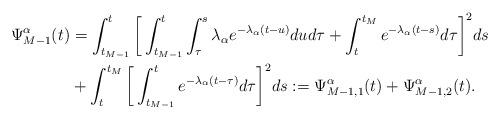
LaTeX: \begin{align*}\Psi_{M-1}^\alpha(t)&=\int_{t_{M-1}}^t \bigg[\int_{t_{M-1}}^t\int_\tau^s \lambda_\alpha e^{-\lambda_\alpha(t-u)}dud\tau+\int_t^{t_M}e^{-\lambda_\alpha(t-s)} d\tau\bigg]^2ds \\&+ \int_t^{t_M}\bigg[\int_{t_{M-1}}^t e^{-\lambda_\alpha(t-\tau)}d\tau\bigg]^2ds :=\Psi_{M-1,1}^\alpha(t)+\Psi_{M-1,2}^\alpha(t).\end{align*}